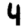
Digit: 4